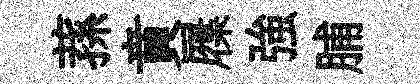
蓀賁屧強脯